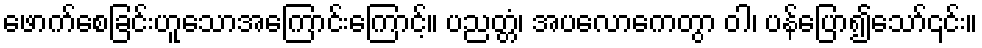
ဖောက်စေခြင်းဟူသောအကြောင်းကြောင့်။ ပညတ္တံ၊ အပလောကေတွာ ဝါ၊ ပန်ပြော၍သော်၎င်း။